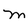
Character: M